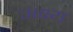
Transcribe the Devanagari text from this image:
अक्ष्य